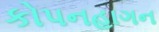
કોપનહાગન